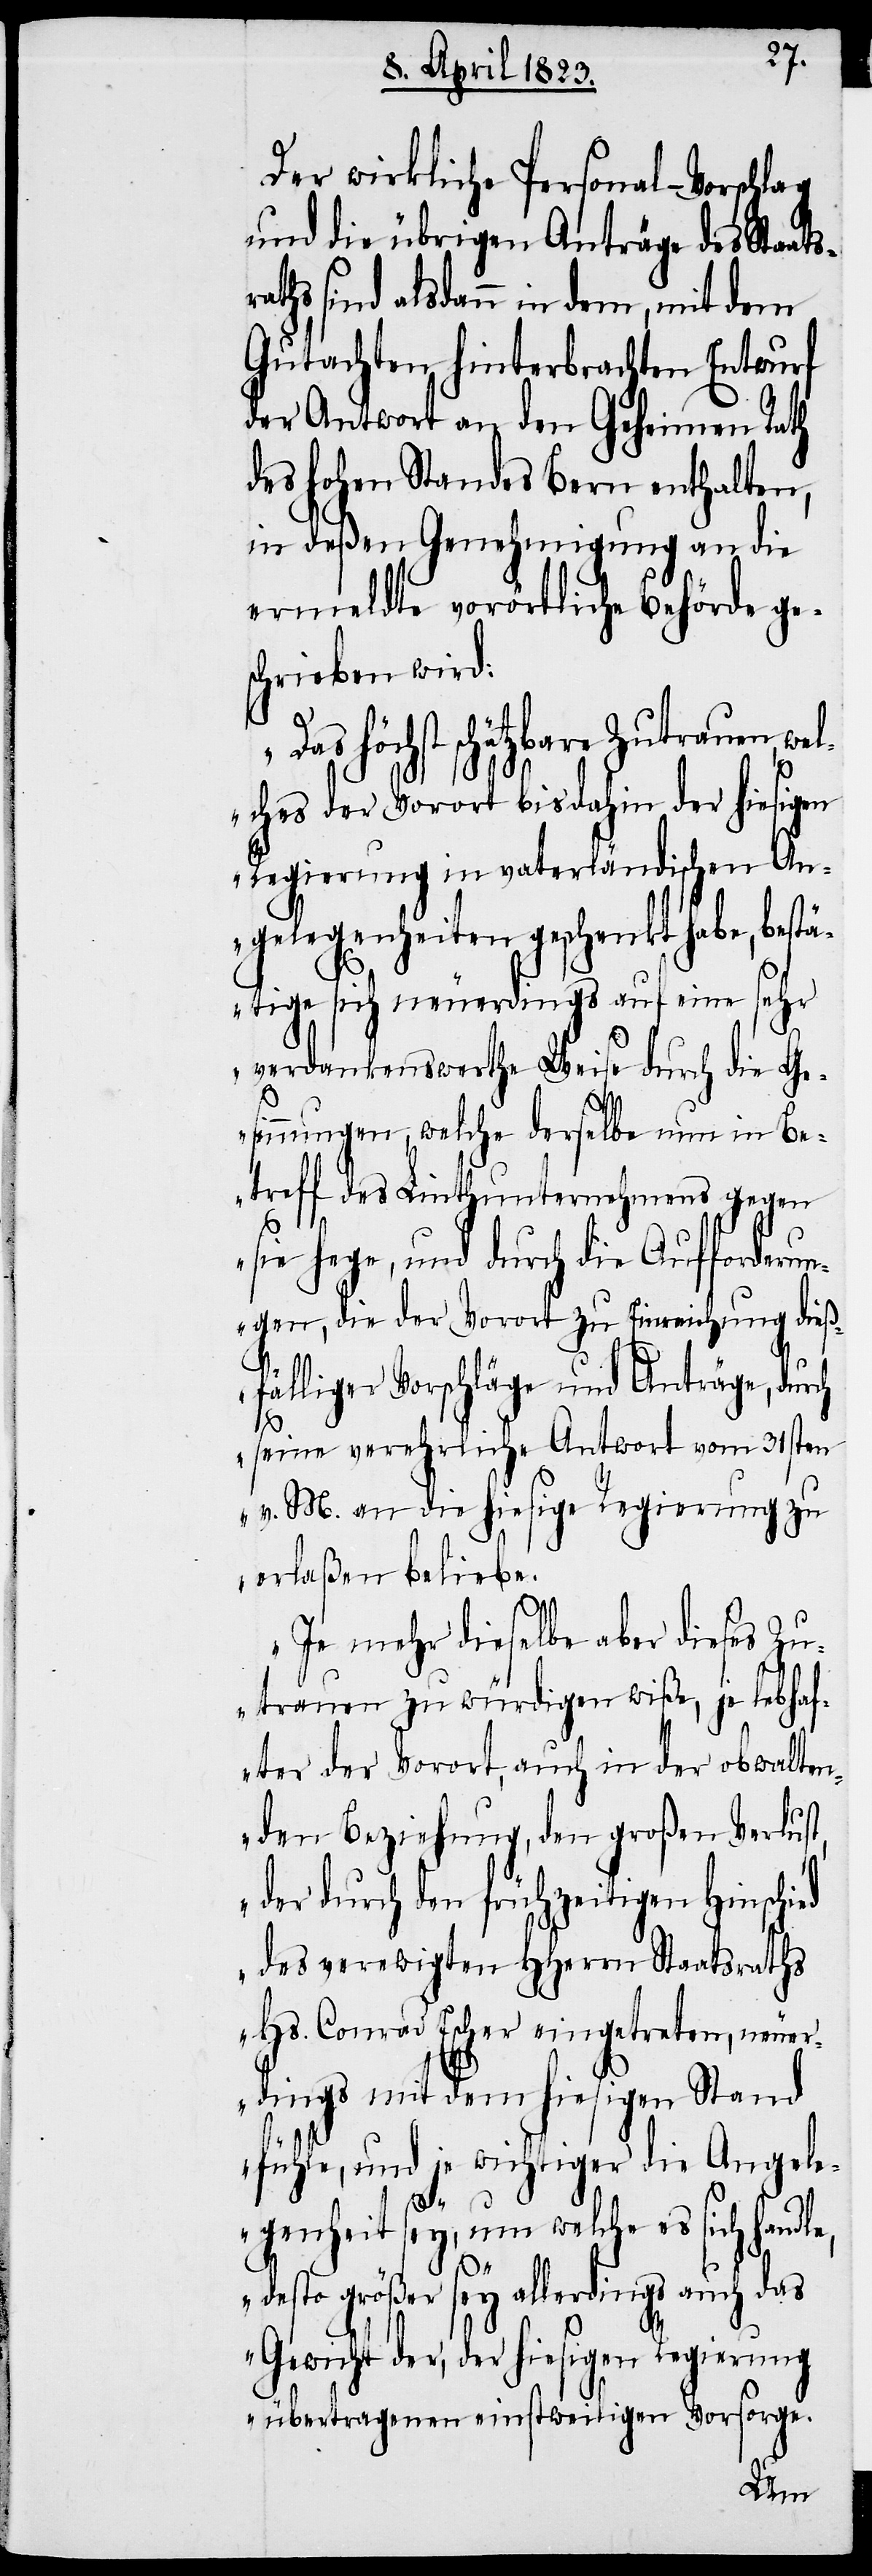
Der wirkliche Personal-Vorschlag
und die übrigen Anträge des Staats¬
aths sind alsdann in dem, mit dem
Gutachten hinterbrachten Entwurf
der Antwort an den Geheimen Rath
des hohen Standes Bern enthalten,
in deßen Genehmigung an die
ermeldte vorörtliche Behörde ge¬
schrieben wird:
„Das höchst schätzbare Zutrauen, we¬
lches der Vorort bisdahin der hiesigen
Regierung in vaterländischen An¬
gelegenheiten geschenkt habe, bestä¬
tige sich neuerdings auf eine sehr
verdankenswerthe Weise durch die Ge¬
sinnungen, welche derselbe nun in Be¬
treff des Linthunternehmens gegen
sie hege, und durch die Aufforderu¬
ngen, die der Vorort zu Einreichung dieß¬
fälliger Vorschläge und Anträge, durch
r¬
seine verehrliche Antwort vom 31sten
v. M. an die hiesige Regierung zu
erlaßen beliebe.
Je mehr dieselbe aber dieses Zu¬
trauen zu würdigen wiße, je lebhaf¬
ter der Vorort, auch in der obwalte¬
nden Beziehung, den großen Verlust,
der durch den frühzeitigen Hinschi¬
ed des verewigten HHerrn Staatsraths
Hs. Conrad Escher eingetreten, neuer¬
dings mit dem hiesigen Stand
fühle, und je wichtiger die Angele¬
genheit sey, um welche es sich hand¬
le,
desto größer sey allerdings auch das
Gewicht der, der hiesigen Regierung
übertragenen einstweiligen Vorsorge.